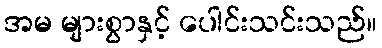
အမ များစွာနှင့် ပေါင်းသင်းသည်။